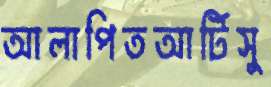
আলাপিতআর্টিসু